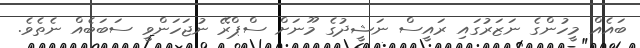
ބައެއް މީހުންގެ ނަޒަރުގައި ރައީސް ނަޝީދުގެ މޫނަށް ސްޕްރޭ ނުޖަހަންވީ ސަބަބެއް ނެތެވެ.